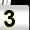
Digit: 3